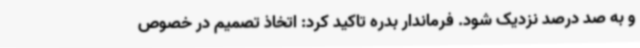
و به صد درصد نزدیک شود. فرماندار بدره تاکید کرد: اتخاذ تصمیم در خصوص